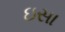
ઇસા